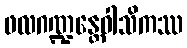
ဖလဂဏ္ဍန္တေဝါသိကဿ